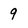
Character: 9